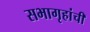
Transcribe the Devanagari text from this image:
सभागृहांची